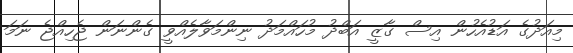
މިއަދުގެ އަޑުއެހުން އިސް ގާޒީ އަބްދު މުހައްމަދު ނިންމަވާލެއްވީ ގެންނަން ޖެހިއްޖެ ނަމަ